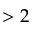
> 2